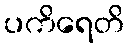
ပကိရေတိ